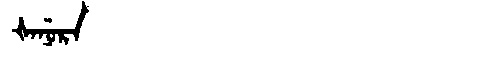
Manchu: ᡧᠠᠨᡠᡵᠠ
Romanization: ŠANURA